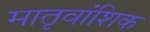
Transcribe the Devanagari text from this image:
मातृवांशिक